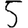
Digit: 5